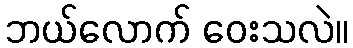
ဘယ်လောက် ဝေးသလဲ။